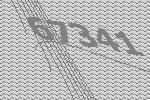
67341